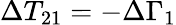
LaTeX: \Delta T_{21}=-\Delta\Gamma_{1}